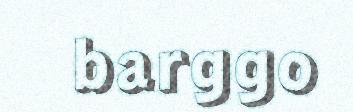
barggo